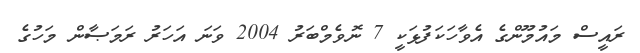
ރައީސް މައުމޫންގެ އެވާހަކަފުޅަކީ 7 ނޮވެމްބަރު 2004 ވަނަ އަހަރު ރަމަޞާން މަހުގެ